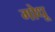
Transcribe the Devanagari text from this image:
गोधू